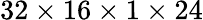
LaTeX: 32\times 16\times 1\times 24